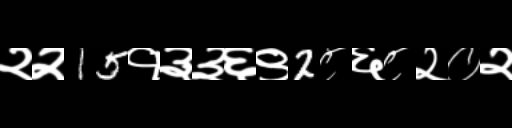
Text: २२15१३३६९2८६८२०२